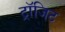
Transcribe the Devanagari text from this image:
ट्रॉजिट